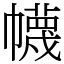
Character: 幭